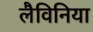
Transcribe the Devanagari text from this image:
लैविनिया